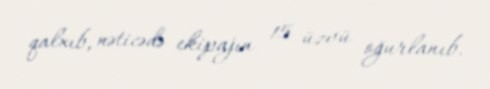
qalxıb, nəticədə ekipajın 15 üzvü oğurlanıb.